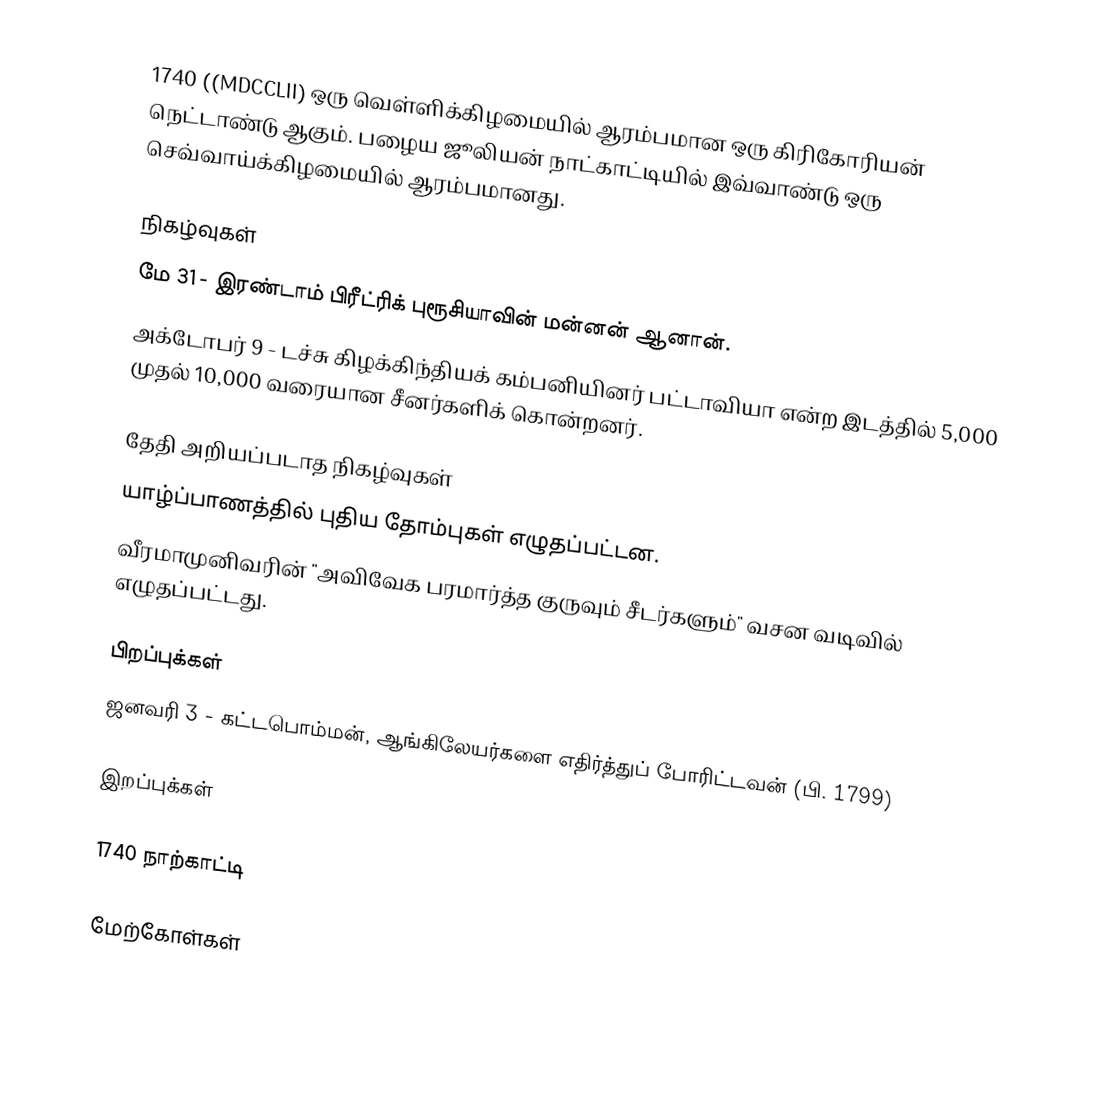
1740  ((MDCCLII) ஒரு வெள்ளிக்கிழமையில் ஆரம்பமான ஒரு கிரிகோரியன் நெட்டாண்டு ஆகும். பழைய ஜூலியன் நாட்காட்டியில் இவ்வாண்டு ஒரு செவ்வாய்க்கிழமையில் ஆரம்பமானது.

நிகழ்வுகள்
 மே 31 - இரண்டாம் பிரீட்ரிக் புரூசியாவின் மன்னன் ஆனான்.
 அக்டோபர் 9 - டச்சு கிழக்கிந்தியக் கம்பனியினர் பட்டாவியா என்ற இடத்தில் 5,000 முதல் 10,000 வரையான சீனர்களிக் கொன்றனர்.

தேதி அறியப்படாத நிகழ்வுகள்
 யாழ்ப்பாணத்தில் புதிய தோம்புகள் எழுதப்பட்டன.
 வீரமாமுனிவரின் "அவிவேக பரமார்த்த குருவும் சீடர்களும்" வசன வடிவில் எழுதப்பட்டது.

பிறப்புக்கள்
 ஜனவரி 3 - கட்டபொம்மன், ஆங்கிலேயர்களை எதிர்த்துப் போரிட்டவன் (பி. 1799)

இறப்புக்கள்

1740 நாற்காட்டி

மேற்கோள்கள்